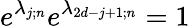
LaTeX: e^{\lambda_{j;n}}e^{\lambda_{2d-j+1;n}}=1